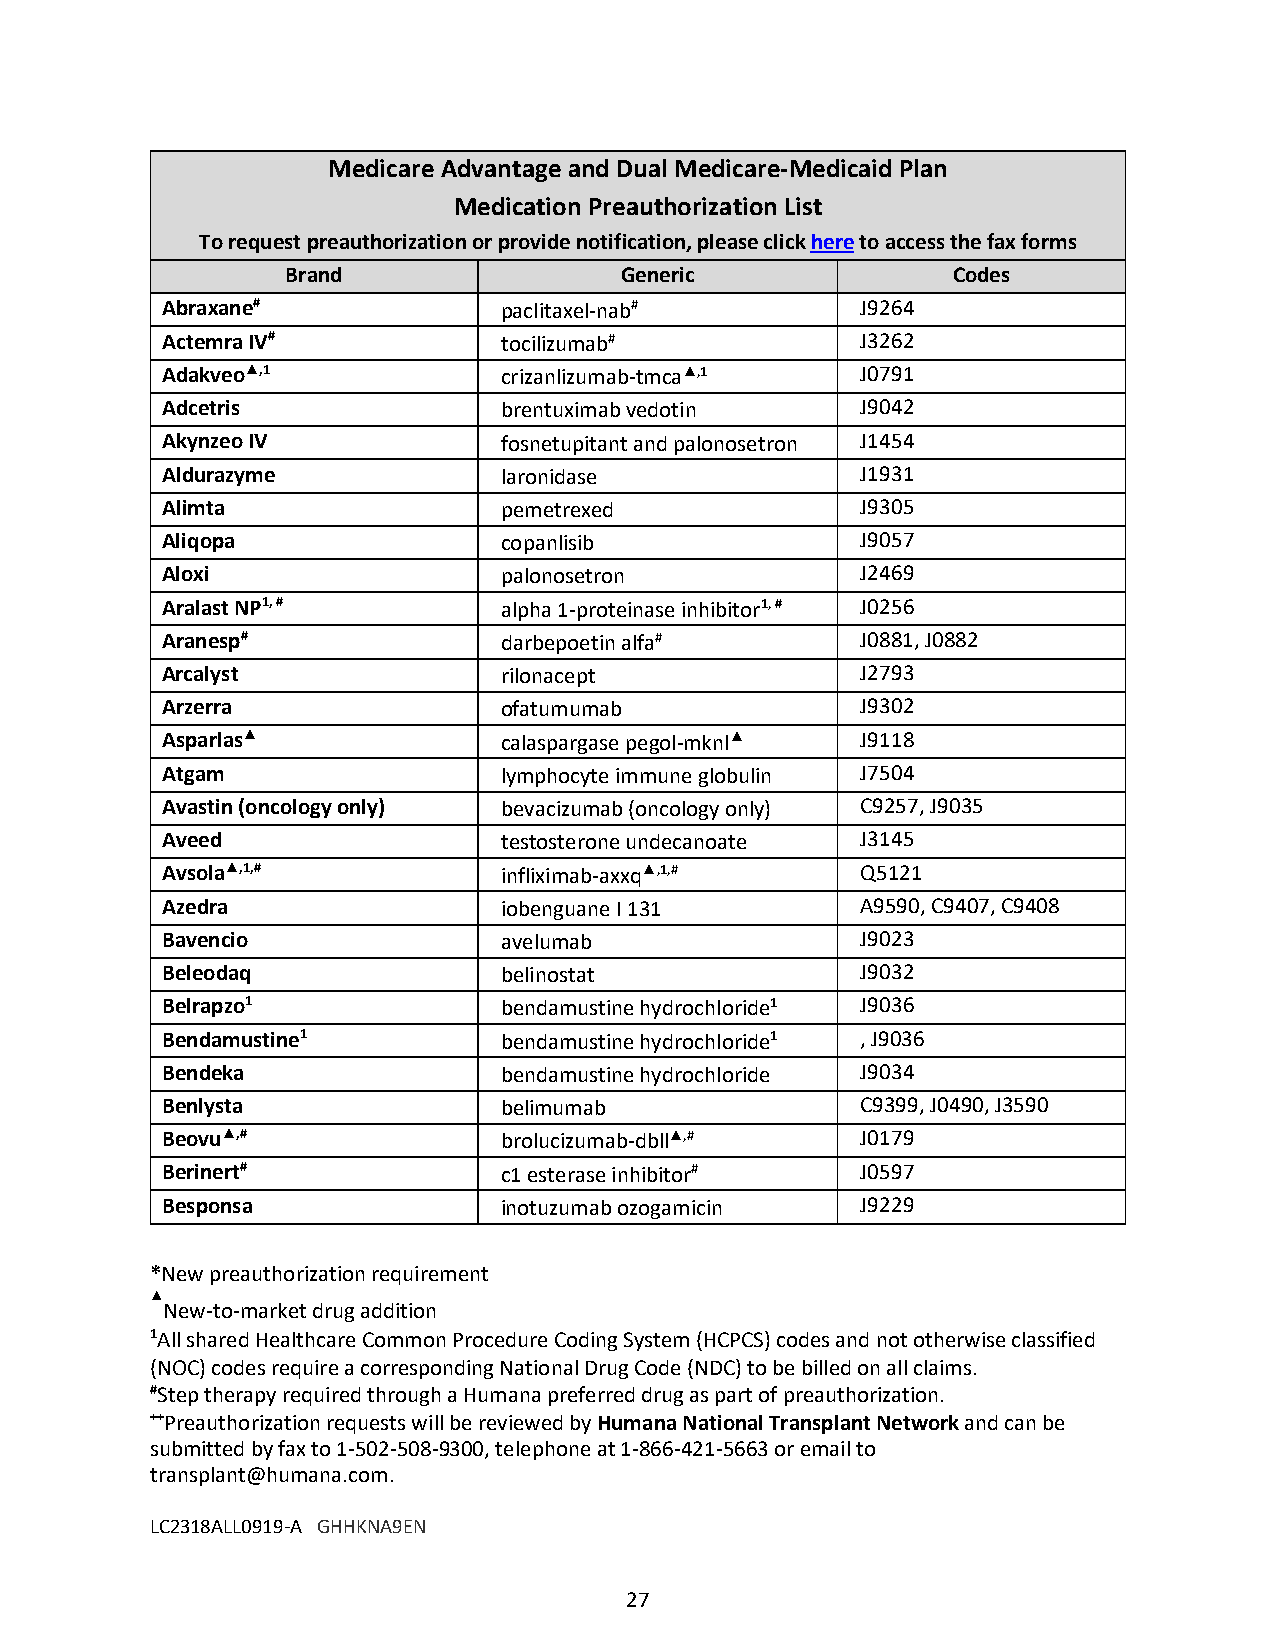
Medicare Advantage and Dual Medicare-Medicaid Plan
 Medication Preauthorization List
 To request preauthorization or provide notification, please click here to access the fax forms
 Brand                 Generic               Codes
 Abraxane#             paclitaxel-nab#         J9264
 Actemra IV#           tocilizumab#            J3262
 Adakveo▲,1            crizanlizumab-tmca▲,1   J0791
 Adcetris              brentuximab vedotin     J9042
 Akynzeo IV            fosnetupitant and palonosetron J1454
 Aldurazyme            laronidase              J1931
 Alimta                pemetrexed              J9305
 Aliqopa               copanlisib              J9057
 Aloxi                 palonosetron            J2469
 Aralast NP1, #        alpha 1-proteinase inhibitor1, # J0256
 Aranesp#              darbepoetin alfa#       J0881, J0882
 Arcalyst              rilonacept              J2793
 Arzerra               ofatumumab              J9302
 Asparlas▲             calaspargase pegol-mknl▲ J9118
 Atgam                 lymphocyte immune globulin J7504
 Avastin (oncology only) bevacizumab (oncology only) C9257, J9035
 Aveed                 testosterone undecanoate J3145
 Avsola▲,1,#           infliximab-axxq▲,1,#    Q5121
 Azedra                iobenguane I 131        A9590, C9407, C9408
 Bavencio              avelumab                J9023
 Beleodaq              belinostat              J9032
 Belrapzo1             bendamustine hydrochloride1 J9036
 Bendamustine1         bendamustine hydrochloride1 , J9036
 Bendeka               bendamustine hydrochloride J9034
 Benlysta              belimumab               C9399, J0490, J3590
 Beovu▲,#              brolucizumab-dbll▲,#    J0179
 Berinert#             c1 esterase inhibitor#  J0597
 Besponsa              inotuzumab ozogamicin   J9229
 *New preauthorization requirement
 ▲
 New-to-market drug addition
 1All shared Healthcare Common Procedure Coding System (HCPCS) codes and not otherwise classified
 (NOC) codes require a corresponding National Drug Code (NDC) to be billed on all claims.
 #Step therapy required through a Humana preferred drug as part of preauthorization.
 ++Preauthorization requests will be reviewed by Humana National Transplant Network and can be
 submitted by fax to 1-502-508-9300, telephone at 1-866-421-5663 or email to
 transplant@humana.com.
 LC2318ALL0919-A GHHKNA9EN
 27